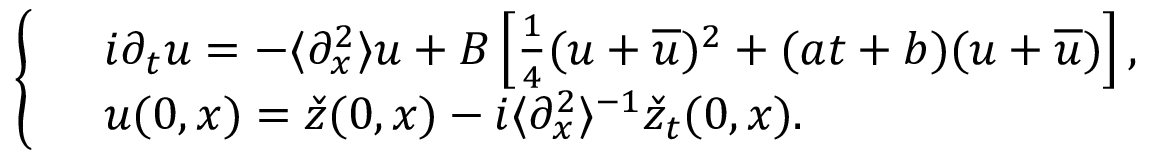
\left\{ \begin{array} { r l } & { i \partial _ { t } u = - \langle \partial _ { x } ^ { 2 } \rangle u + B \left[ \frac { 1 } { 4 } ( u + \overline { { u } } ) ^ { 2 } + ( a t + b ) ( u + \overline { { u } } ) \right] , } \\ & { u ( 0 , x ) = \check { z } ( 0 , x ) - i \langle \partial _ { x } ^ { 2 } \rangle ^ { - 1 } \check { z } _ { t } ( 0 , x ) . } \end{array} \right.